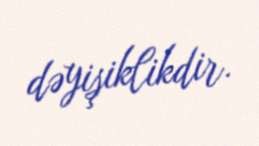
dəyişiklikdir.